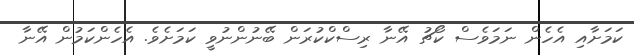
ކަމަށާއި އެހެން ނަމަވެސް ކޯޗު އޭނާ ރިސްކްކުރަން ބޭނުންނުވީ ކަމަށެވެ. އެހެންކަމުން އޭނާ